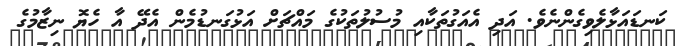
ކަނޑައަޅާލެވިގެންނެވެ. އަދި އެއަގުތަކާއި މުސުލުތަކުގެ މައްޗަށް އަޅުގަނޑުމެން އެދޭ އާ ހެޔޮ ނިޒާމުގެ